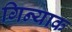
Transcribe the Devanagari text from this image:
गिन्याक